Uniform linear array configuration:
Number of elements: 32
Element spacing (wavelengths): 0.5
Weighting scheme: kaiser
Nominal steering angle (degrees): -15
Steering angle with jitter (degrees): -14.576
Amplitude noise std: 0.05
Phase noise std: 0.05

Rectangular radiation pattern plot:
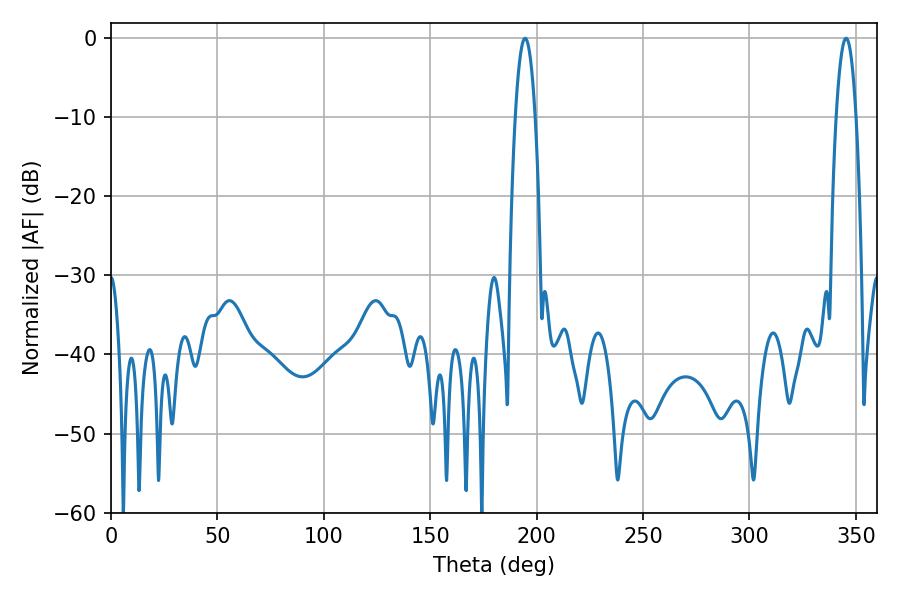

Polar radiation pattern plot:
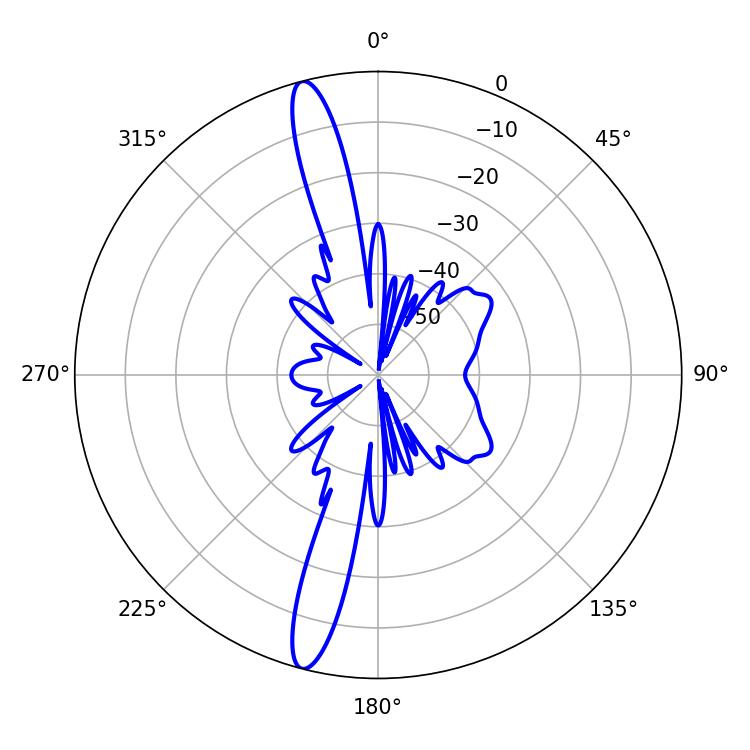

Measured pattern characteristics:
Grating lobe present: FALSE
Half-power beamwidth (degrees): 5.04
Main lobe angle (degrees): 194.58